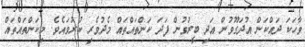
ވާހަކަ ދައްކަން އުދަގޫވުން އަދި ބީރުވުން ފަދަ ކަންތައްތައް މެދުވެރި ކުރުވައެވެ. މިކަންތައްތައް